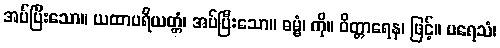
အပ်ပြီးသော။ ယထာပရိယတ္တံ၊ အပ်ပြီးသော။ ဓမ္မံ၊ ကို။ ဝိတ္တာရေန၊ ဖြင့်။ ပရေသံ၊